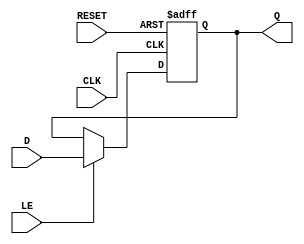
module ControlRegister (
    input wire [WIDTH-1:0] D,     // Data input
    input wire CLK,                // Clock signal
    input wire RESET,              // Reset signal (active high)
    input wire LE,                 // Load Enable signal
    output reg [WIDTH-1:0] Q       // Data output
);
    parameter WIDTH = 8;           // Default width of the Control Register

    // Synchronous process for loading data or resetting
    always @(posedge CLK or posedge RESET) begin
        if (RESET) begin
            // Asynchronous reset to zero
            Q <= {WIDTH{1'b0}};      // Reset Q to all zeros
        end else if (LE) begin
            // Load data if Load Enable is asserted
            Q <= D;                  // Load input data into Q
        end
        // If neither RESET nor LE are asserted, Q retains its value
    end

endmodule